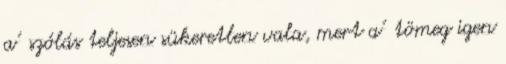
a’ szólás teljesen sükeretlen vala, mert a’ tömeg igen